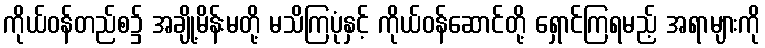
ကိုယ်ဝန်တည်စ၌ အချို့မိန်းမတို့ မသိကြပုံနှင့် ကိုယ်ဝန်ဆောင်တို့ ရှောင်ကြရမည့် အရာများကို